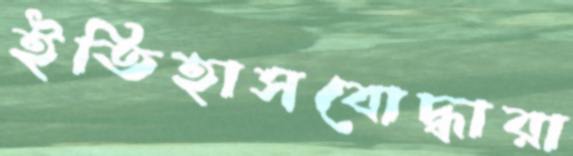
ইতিহাসবোদ্ধারা